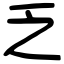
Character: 乏